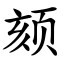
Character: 颏